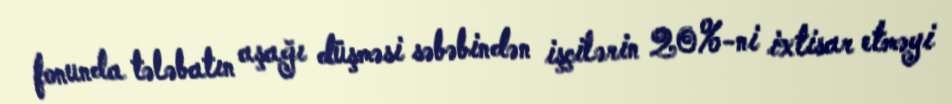
fonunda tələbatın aşağı düşməsi səbəbindən işçilərin 20%-ni ixtisar etməyi